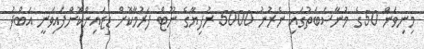
މިނިވަން 50ގެ މުނާސަބަތުގައި ނެރުނު 5000 ރުފިޔާގެ ނޫޓް ފަރުމާކޮށް ޑިޒައިންކޮށްފައިވަނީ އަބްދު